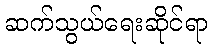
ဆက်သွယ်ရေးဆိုင်ရာ